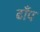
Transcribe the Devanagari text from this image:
ढाँप